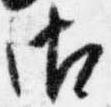
御